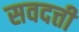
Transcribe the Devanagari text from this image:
सवदत्ती